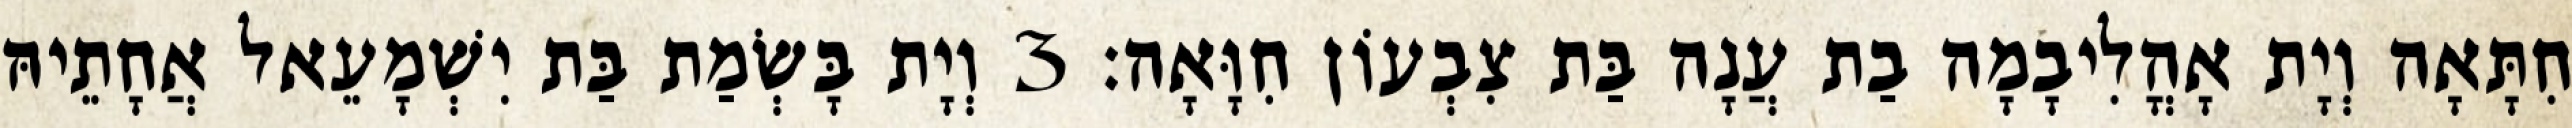
חִתָּאָה וְיָת אָהֳלִיבָמָה בַת עֲנָה בַּת צִבְעוֹן חִוָּאָה׃ 3 וְיָת בָּשְׂמַת בַּת יִשְׁמָעֵאל אֲחָתֵיהּ